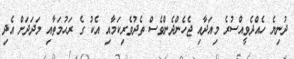
ދުނިޔެ ހެއްދެވީއްސުރެ މިއަދާއި ޖެހެންދެންވެސް ތެދުވެރިކަމާއި އެކު ގެ ރަޙުމަތާއި މަދަދަށް އެދި